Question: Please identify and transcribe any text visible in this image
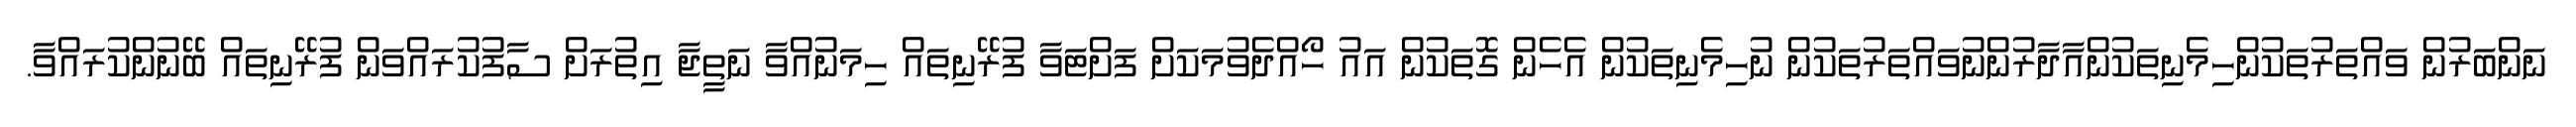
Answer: ނަންބަރުން ވައްތަރުތަކުންހިމެނިތަކުންއާދާރުންނުވައްތަރުތަކުން ނުހިމެނިތަކުން އެހެން ގޮތަކުން އައު ހޯއްދެވުމަކަށް ފަށްޓަވާ ފުރޭނިތައް ހިމަނުއްވާ ނަތީޖާ އިތުރަށް ސާފުކުރައްވަން ފުރޭނިތައް ބޭނުންކުރައްވާ.